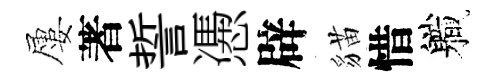
屢著誓慿辟貓惜軄